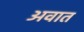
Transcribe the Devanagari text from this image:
अवात